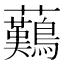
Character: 䕿